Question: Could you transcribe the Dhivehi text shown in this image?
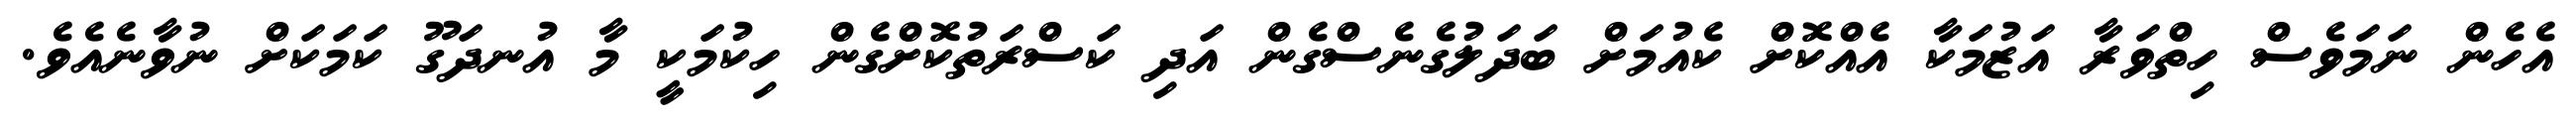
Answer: އެހެން ނަމަވެސް ހިތްވަރާ އަޒުމަކާ އެއްކޮށް ކެއުމަށް ބަދަލުގެނެސްގެން އަދި ކަސްރަތުކޮށްގެން ހިކުމަކީ މާ އުނދަގޫ ކަމަކަށް ނުވާނެއެވެ.